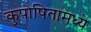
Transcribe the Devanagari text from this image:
कुपोषितामध्ये